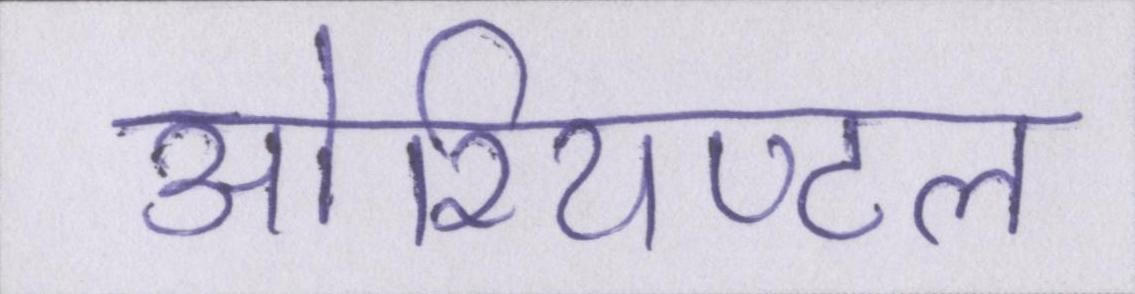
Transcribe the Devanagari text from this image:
ओरियण्टल